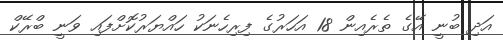
އަދި ބުނީ އޭގެ ތެރެއިން 18 އަހަރުގެ ފިރިހެނަކު ހައްޔަރުކޮށްފައި ވަނީ ބްރޭކް